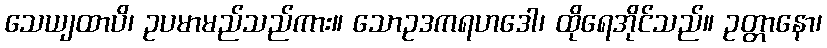
သေယျထာပိ၊ ဥပမာမည်သည်ကား။ သောဥဒကရဟဒေါ၊ ထိုရေအိုင်သည်။ ဥတ္တာနော၊